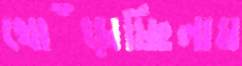
খোঁড়াচ্ছিলাম